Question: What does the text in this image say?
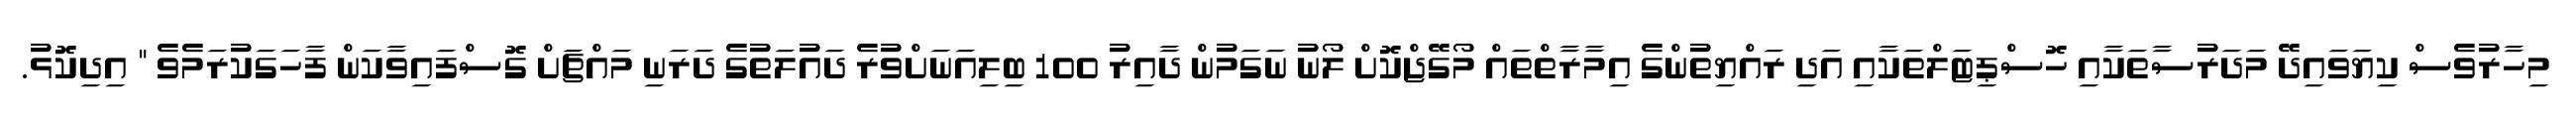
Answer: މިހާރުވެސް ކިޔަވައިދޭ މަދަރުސާތަކާއި ހޮސްޕިޓަލްތަކާއި އަދި ރައްޔިތުންގެ އިމާރާތްތައް މޯގޭޖްކޮށް ލޯނު ނަގަމުން ދާއިރު 100 ބިލިއަނަށްވުރެ ދައުލަތުގެ ދަރަނި މައްޗަށް ގޮސްފައިވާކަން ފާހަގަކުރަމެވެ " އިދިކޮޅު.